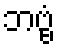
ဘဗ္ဗံ